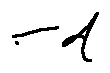
- d